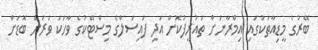
ބޭރުގެ މީޑިއާތަކުގައި އިމްރާނަށް ތައުރީފުކޮށް އަދި ފައިސަލްގެ މިސްޓޭކުގެ ވާހަކަ ވަރަށް ބޮޑަށް